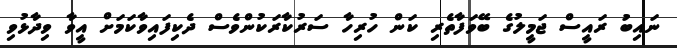
ނައިބު ރައީސް ޖަމީލުގެ ބޭވަފާތެރި ކަން ހުރިހާ ސަރުކާރަކުންވެސް ދެކިފައިވާކަމަށް އީވާ ވިދާޅުވި